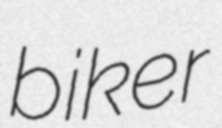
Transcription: biker